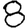
Digit: 8